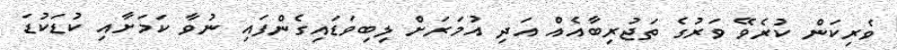
ވެރިކަން ކުރެވޭ ވަރުގެ ތަޖުރިބާއެއް އަދި އުމަރަށް ލިބިވަޑައިގެންފައި ނުވާ ކަމަށާއި ކުޑަކުޑަ